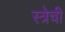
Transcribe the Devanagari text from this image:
स्त्रेची